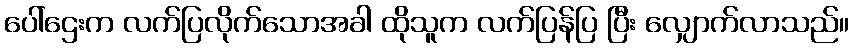
ပေါ်ဌေးက လက်ပြလိုက်သောအခါ ထိုသူက လက်ပြန်ပြ ပြီး လျှောက်လာသည်။